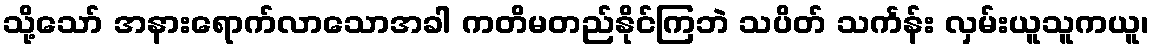
သို့သော် အနားရောက်လာသောအခါ ကတိမတည်နိုင်ကြဘဲ သပိတ် သင်္ကန်း လှမ်းယူသူကယူ၊